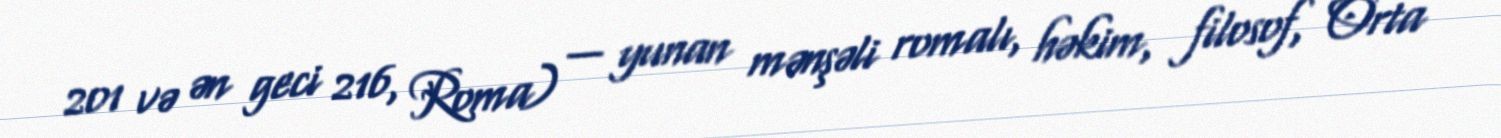
201 və ən geci 216, Roma) — yunan mənşəli romalı, həkim, filosof, Orta